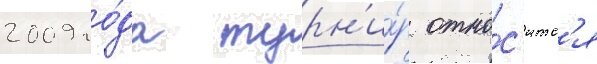
2009 го́да турн'и́р отно́с'итс'я